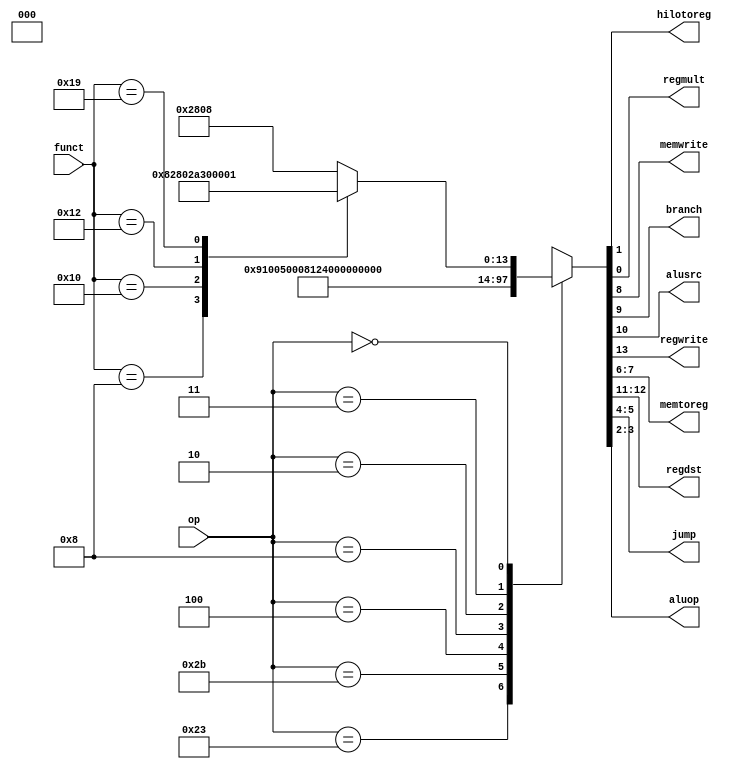
// Main Decoder
module maindec(
	input	[ 5:0]	op, funct,
	output			hilotoreg, regmult, memwrite, branch, alusrc, regwrite, 
	output	[ 1:0]	memtoreg, regdst, jump, aluop );

	reg 	[ 13:0]	controls;

	assign {regwrite, regdst[1], regdst[0], alusrc, branch, memwrite, memtoreg[1], memtoreg[0], jump[1], jump[0], aluop[1], aluop[0], hilotoreg, regmult} = controls;

	always @(*)
		case(op)
			6'b100011: controls <= 14'b10010001000000; //LW
			6'b101011: controls <= 14'b00010100000000; //SW
			6'b000100: controls <= 14'b00001000000100; //BEQ 9'b000100001
			6'b001000: controls <= 14'b10010000000000; //ADDI
			6'b000010: controls <= 14'b00000000010000; //J
			6'b000011: controls <= 14'b11000010010000; //JAL
			6'b000000: case(funct) //SPECIAL CASE
				6'b001000:	controls <= 14'b00000000100000; //JR
				6'b010000:	controls <= 14'b10100000000010; //MFHI
				6'b010010:	controls <= 14'b10100011000000; //MFLO
				6'b011001:	controls <= 14'b00000000000001; //MULTU
				default:	controls <= 14'b10100000001000; //Rtype
			endcase
			default:	controls <= 11'bxxxxxxxxxxx;
		endcase
endmodule